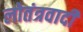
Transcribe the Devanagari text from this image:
लोतंत्रवादी